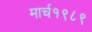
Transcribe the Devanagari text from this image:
मार्च१९८९